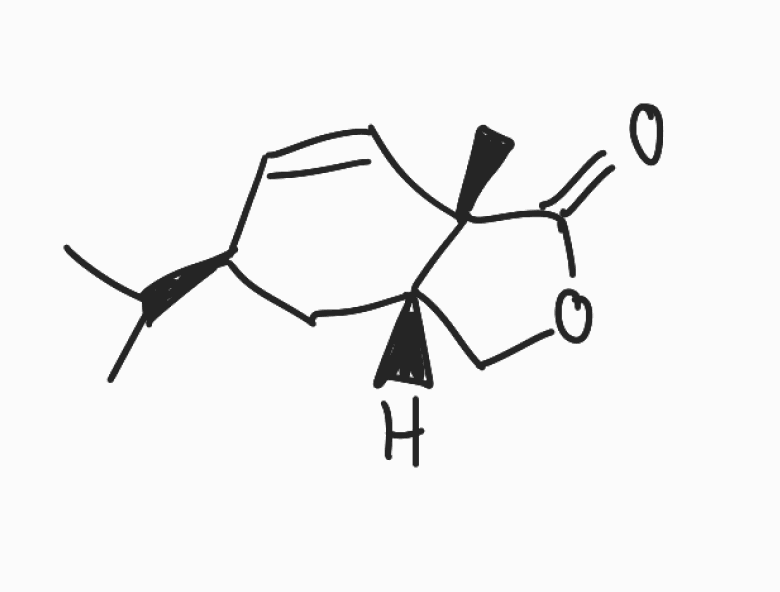
Simplified molecular-input line-entry system (SMILES) notation of the given molecule:
CC(C)[C@@H]1C[C@H]2COC(=O)[C@]2(C=C1)C